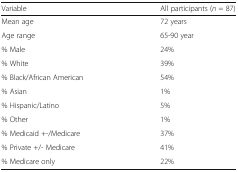
<table><thead><tr><td><b>Variable</b></td><td><b>All participants (<i>n</i> = 87)</b></td></tr></thead><tbody><tr><td>Mean age</td><td>72 years</td></tr><tr><td>Age range</td><td>65-90 year</td></tr><tr><td>% Male</td><td>24%</td></tr><tr><td>% White</td><td>39%</td></tr><tr><td>% Black/African American</td><td>54%</td></tr><tr><td>% Asian</td><td>1%</td></tr><tr><td>% Hispanic/Latino</td><td>5%</td></tr><tr><td>% Other</td><td>1%</td></tr><tr><td>% Medicaid +-/Medicare</td><td>37%</td></tr><tr><td>% Private +/- Medicare</td><td>41%</td></tr><tr><td>% Medicare only</td><td>22%</td></tr></tbody></table>